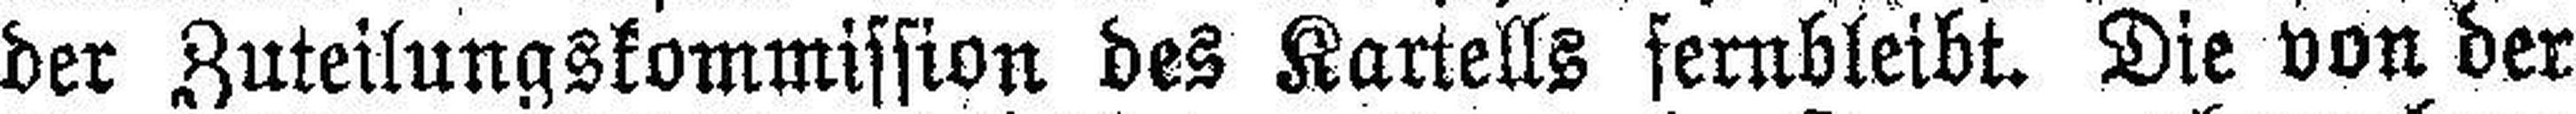
der Zuteilungskommission des Kartells fernbleibt. Die von der